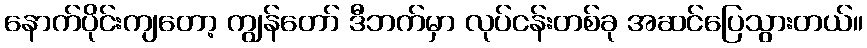
နောက်ပိုင်းကျတော့ ကျွန်တော် ဒီဘက်မှာ လုပ်ငန်းတစ်ခု အဆင်ပြေသွားတယ်။